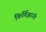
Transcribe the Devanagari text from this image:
किर्गिझांनी